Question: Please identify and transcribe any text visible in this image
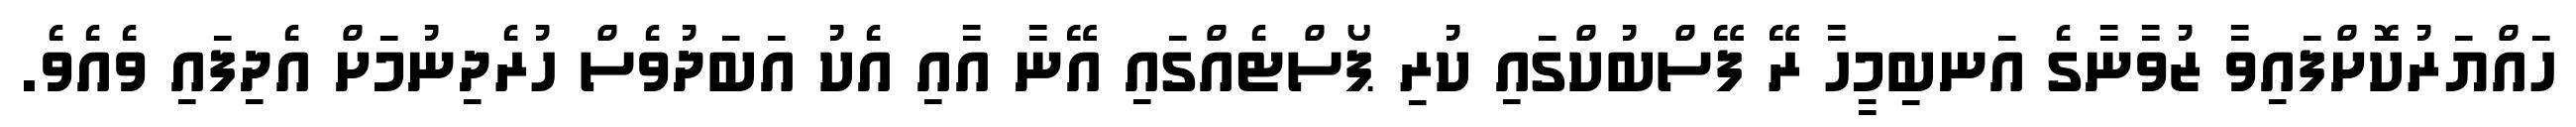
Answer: ހައްޔަރުކޮށްފައިވާ ޒުވާނާގެ އަނބިމީހާ ރޭ ފޭސްބުކްގައި ކުރި ޕޯސްޓެއްގައި އޭނާ އާއި އެކު އަބަދުވެސް ހުރެދިނުމަށް އެދިފައި ވެއެވެ.